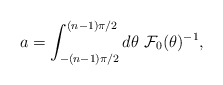
\begin{align*}a = \int_{-(n-1) \pi/2}^{(n-1) \pi/2} d \theta~ {\cal F}_0 (\theta)^{-1},\end{align*}